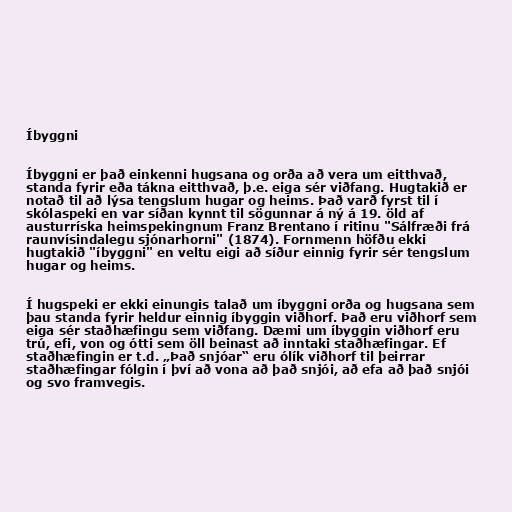
Íbyggni

Íbyggni er það einkenni hugsana og orða að vera um eitthvað,
standa fyrir eða tákna eitthvað, þ.e. eiga sér viðfang. Hugtakið er
notað til að lýsa tengslum hugar og heims. Það varð fyrst til í
skólaspeki en var síðan kynnt til sögunnar á ný á 19. öld af
austurríska heimspekingnum Franz Brentano í ritinu "Sálfræði frá
raunvísindalegu sjónarhorni" (1874). Fornmenn höfðu ekki
hugtakið "íbyggni" en veltu eigi að síður einnig fyrir sér tengslum
hugar og heims.

Í hugspeki er ekki einungis talað um íbyggni orða og hugsana sem
þau standa fyrir heldur einnig íbyggin viðhorf. Það eru viðhorf sem
eiga sér staðhæfingu sem viðfang. Dæmi um íbyggin viðhorf eru
trú, efi, von og ótti sem öll beinast að inntaki staðhæfingar. Ef
staðhæfingin er t.d. „Það snjóar“ eru ólík viðhorf til þeirrar
staðhæfingar fólgin í því að vona að það snjói, að efa að það snjói
og svo framvegis.